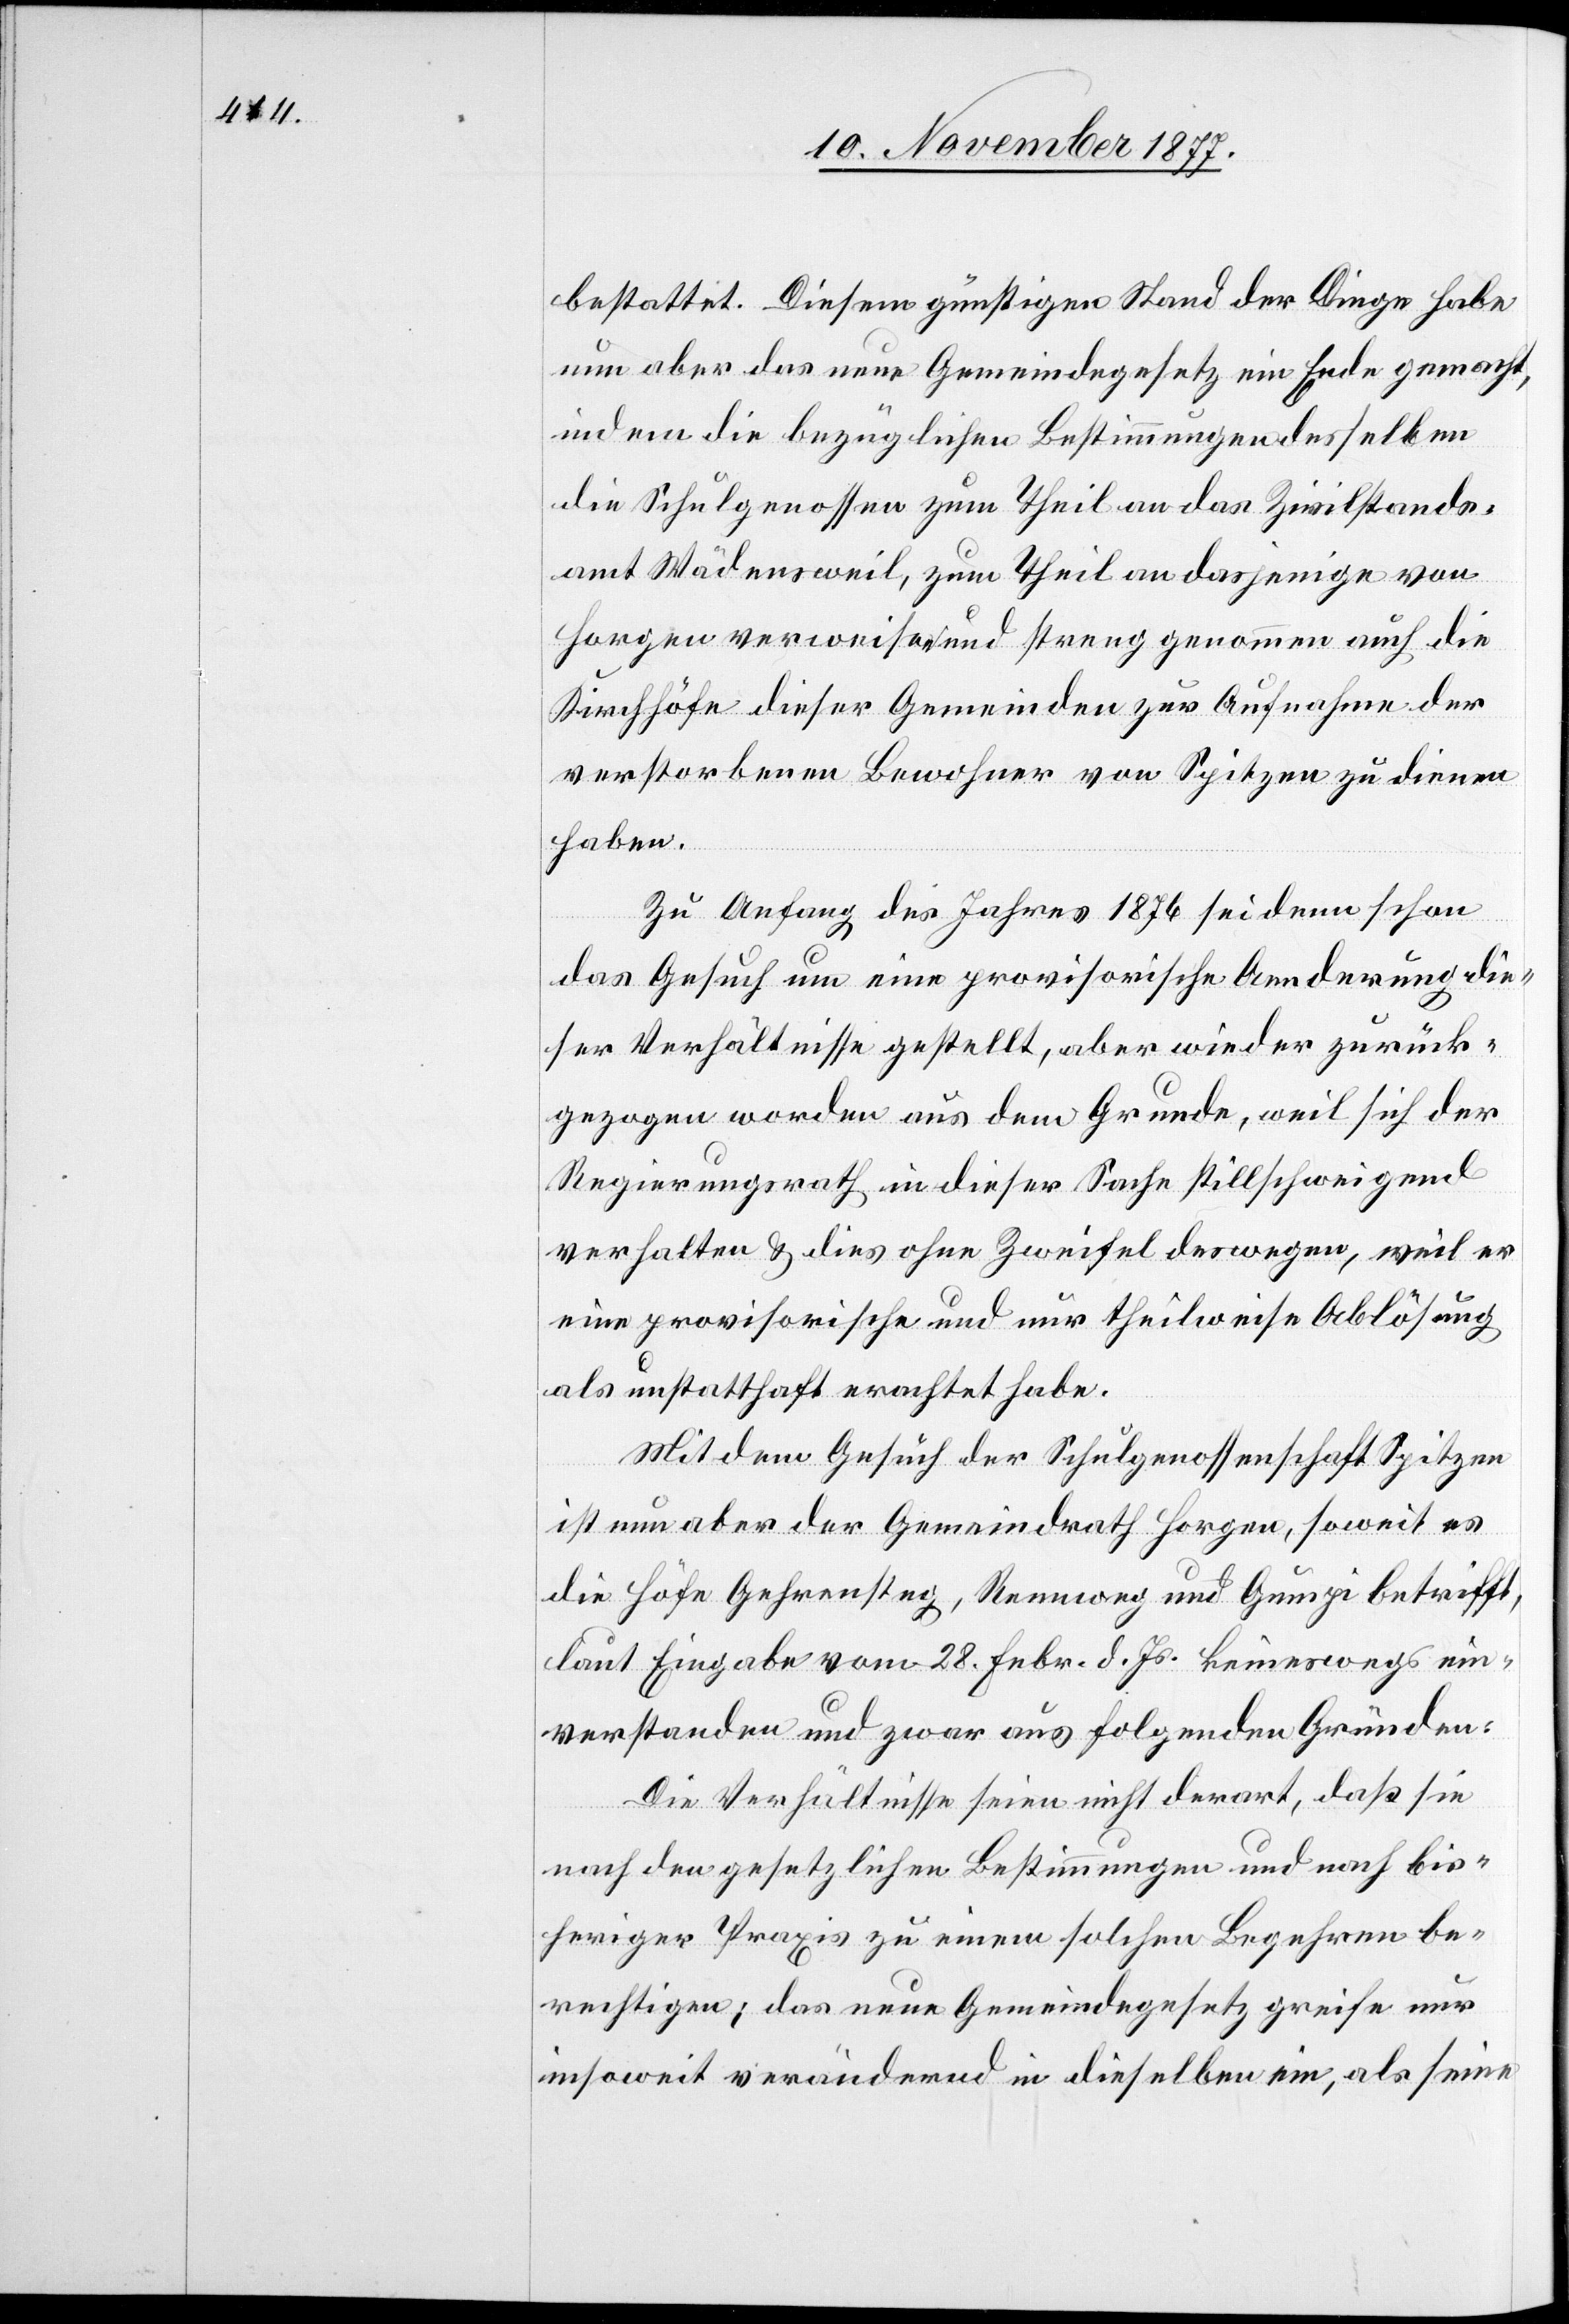
bestattet. Diesem günstigen Stand der Dinge habe
nun aber das neue Gemeindegesetz ein Ende gemacht,
indem die bezüglichen Bestimmungen desselben
die Schulgenossen zum Theil an das Zivilstands¬
amt Wädensweil, zum Theil an dasjenige von
Horgen verweisen und streng genommen auch die
Kirchhöfe dieser Gemeinden zur Aufnahme der
verstorbenen Bewohner von Spitzen zu dienen
haben.
Zu Anfang des Jahres 1876 sei denn schon
das Gesuch um eine provisorische Aenderung die¬
ser Verhältnisse gestellt, aber wieder zurück¬
gezogen worden aus dem Grunde, weil sich der
Regierungsrath in dieser Sache stillschweigend
verhalten & dies ohne Zweifel deswegen, weil er
eine provisorische und nur theilweise Ablösung
als unstatthaft erachtet habe.
Mit dem Gesuch der Schulgenossenschaft Spitzen
ist nun aber der Gemeindrath Horgen, soweit es
die Höfe Gehrensteg, Rennweg und Gumpi betrifft,
laut Eingabe vom 28. Febr. d. Js. keineswegs ein¬
verstanden und zwar aus folgenden Gründen:
Die Verhältnisse seien nicht derart, daß sie
nach den gesetzlichen Bestimmungen und nach bis¬
heriger Praxis zu einem solchen Begehren be¬
rechtigen; das neue Gemeindegesetz greife nur
insoweit verändernd in dieselben ein, als seine